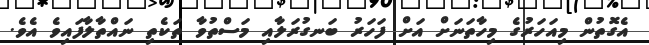
އެގޮތުން މިއަހަރުގެ މިހާތަނަށް އަށް ފަހަރު ބަނގުރަލާއި މަސްތުވާ ތަކެތި ނައްތާލާފައިވެ އެވެ.